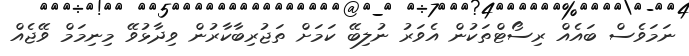
ނަމަވެސް ބައެއް ރިސޯޓްތަކުން އެވަރު ނުލިބޭ ކަމަށް ތަޖުރިބާކާރުން ވިދާޅުވޭ މިނިމަމް ވޭޖެއް